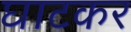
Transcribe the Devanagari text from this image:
घाटकर